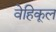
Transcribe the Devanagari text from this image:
वेहिकूल